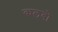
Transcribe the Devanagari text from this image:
कलबो